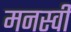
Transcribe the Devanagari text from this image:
मनस्‍वी